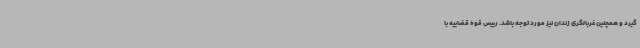
گیرد و همچنین غربالگری زندان نیز مورد توجه باشد. رییس قوه قضاییه با